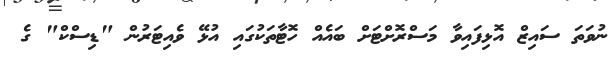
ނުވަތަ ސައިޒް އޮޅިފައިވާ މަސްރޮށްޓަށް ބައެއް ހޮޓާތަކުގައި އުޅޭ ވެއިޓަރުން "ޑިސްކް" ގެ